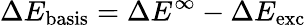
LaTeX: \Delta E_{\mathrm{basis}}=\Delta E^{\infty}-\Delta E_{\mathrm{exc}}